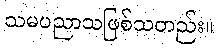
သမပညာသဖြစ်သတည်း။